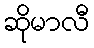
ဆိုမာလီ